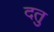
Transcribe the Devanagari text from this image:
दतु